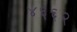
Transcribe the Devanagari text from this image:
४६६२